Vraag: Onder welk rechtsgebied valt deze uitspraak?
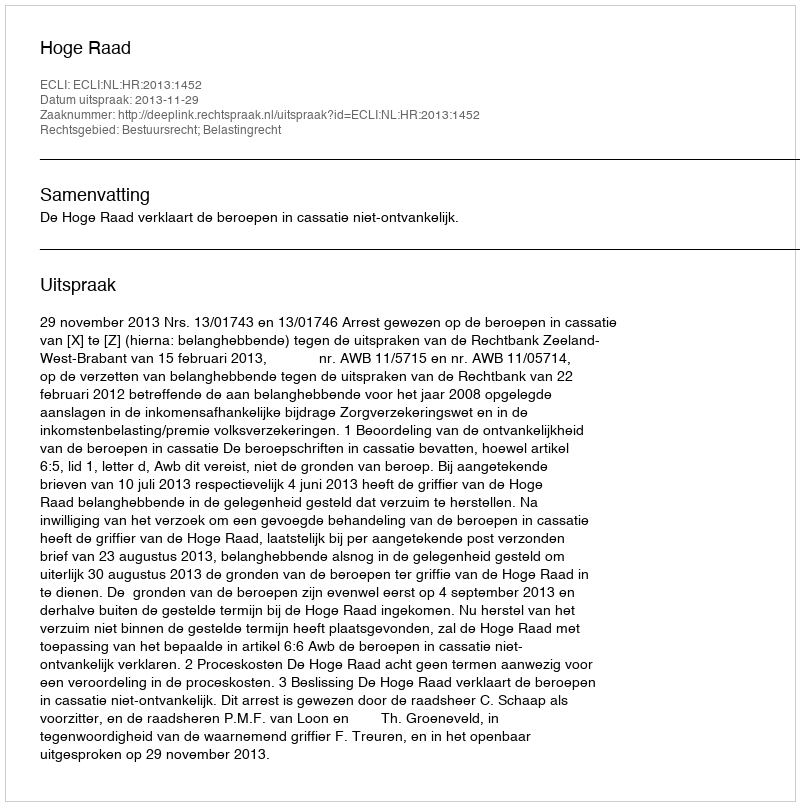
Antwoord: Bestuursrecht; Belastingrecht